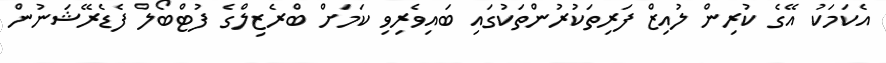
އެކަމަކު އޭގެ ކުރިން ލުއިޒް ފަރިތަކުރުންތަކުގައި ބައިވެރިވި ކަމަށް ބްރެޒިލްގެ ފުޓްބޯލް ފެޑެރޭޝަނުން